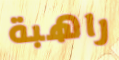
راهبة